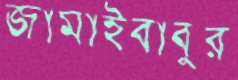
জামাইবাবুর